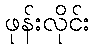
ဖုန်းလိုင်း